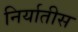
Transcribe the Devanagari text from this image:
निर्यातीस